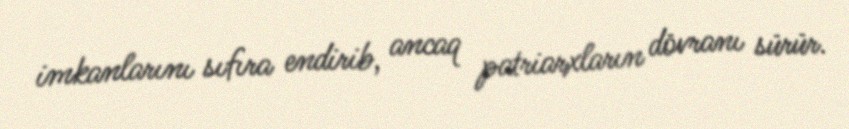
imkanlarını sıfıra endirib, ancaq patriarxların dövranı sürür.